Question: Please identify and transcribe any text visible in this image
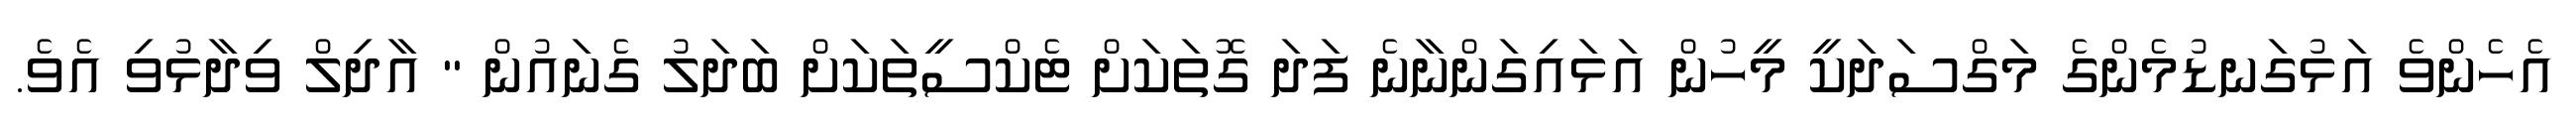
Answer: އެހެންވެ އަޅުގަނޑުމެންގެ މަގްސަދަކީ މީހުން އަޅައިގަންނާނެ ފަދަ ގޮތަކަށް ޓެކްސީތަކަށް ބަދަލު ގެނައުން " އާދިލް ވިދާޅުވި އެވެ.